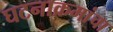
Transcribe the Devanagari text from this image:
घटनाक्रमांचा